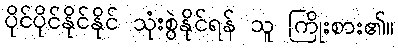
ပိုင်ပိုင်နိုင်နိုင် သုံးစွဲနိုင်ရန် သူ ကြိုးစား၏။